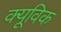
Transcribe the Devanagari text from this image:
क्यूविक